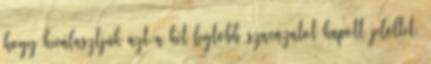
hogy kiválasztjuk azt a két legtöbb szavazatot kapott jelöltet,